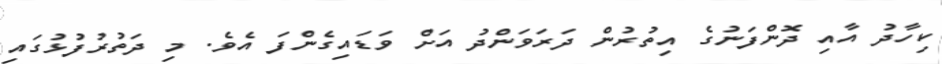
ކިހާދު އާއި ދޮންފަނުގެ އިތުރުން ދަރަވަންދު އަށް ވަޑައިގެންފަ އެވެ. މި ދަތުރުފުޅުގައި